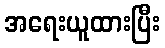
အရေးယူထားပြီး